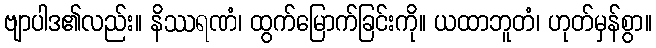
ဗျာပါဒ၏လည်း။ နိဿရဏံ၊ ထွက်မြောက်ခြင်းကို။ ယထာဘူတံ၊ ဟုတ်မှန်စွာ။